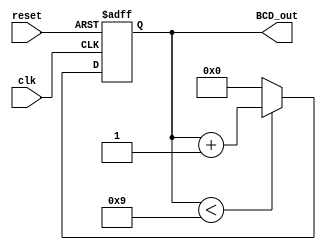
module BCD_Counter (
    input wire clk,          // Clock signal
    input wire reset,        // Asynchronous reset signal
    output reg [3:0] BCD_out // 4-bit output representing BCD
);

    // Internal register to hold the current count value
    reg [3:0] count;

    // Always block triggered on the rising edge of the clock or when reset is asserted
    always @(posedge clk or posedge reset) begin
        if (reset) begin
            // Asynchronous reset: set count to 0
            count <= 4'b0000;
        end else begin
            // Counting logic
            if (count < 4'b1001) begin
                // Increment count if it is less than 9
                count <= count + 1;
            end else begin
                // Reset count to 0 if it reaches 9
                count <= 4'b0000;
            end
        end
    end

    // Continuous assignment of count to BCD_out
    always @(*) begin
        BCD_out = count;
    end

endmodule